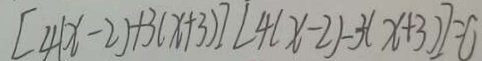
[ 4 ( x - 2 ) + 3 ( x + 3 ) ] [ 4 ( x - 2 ) - 3 ( x + 3 ) ] = 0